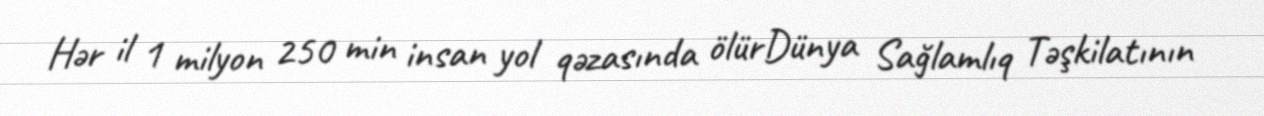
Hər il 1 milyon 250 min insan yol qəzasında ölürDünya Sağlamlıq Təşkilatının